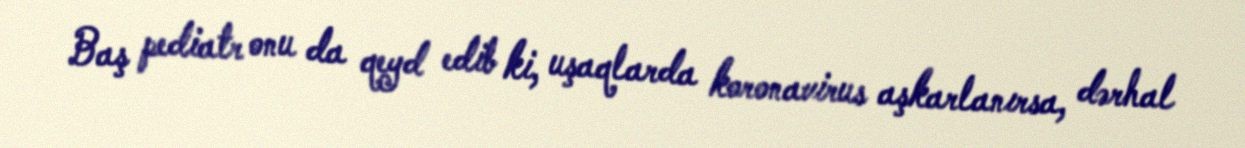
Baş pediatr onu da qeyd edib ki, uşaqlarda koronavirus aşkarlanırsa, dərhal